On kala azar, malaria and malarial cachexia - Number 19
Disease focus: Malaria
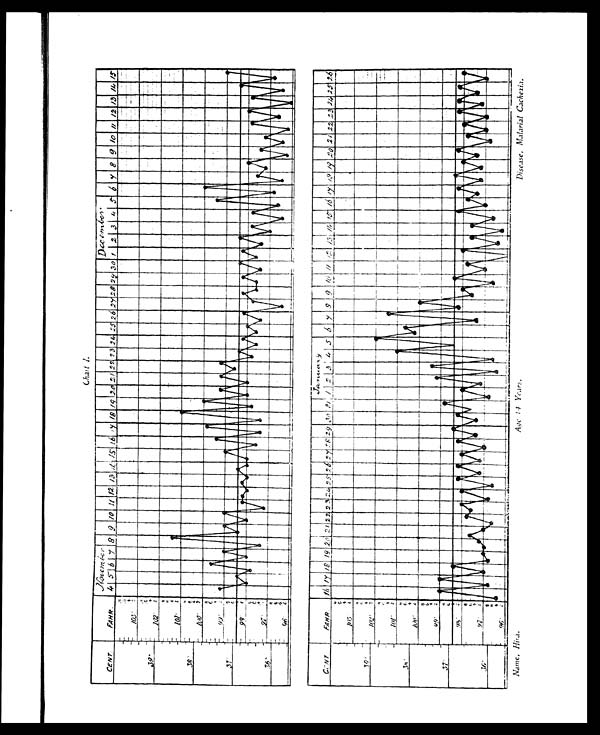
Chart 1.
Name, Hira.
Age 14 Years.
Disease, Malarial Cachexia.